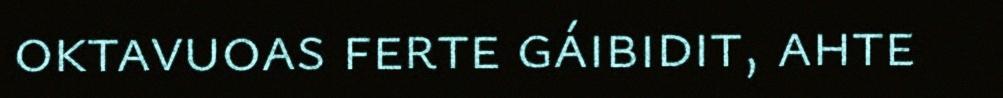
oktavuoas ferte gáibidit, ahte